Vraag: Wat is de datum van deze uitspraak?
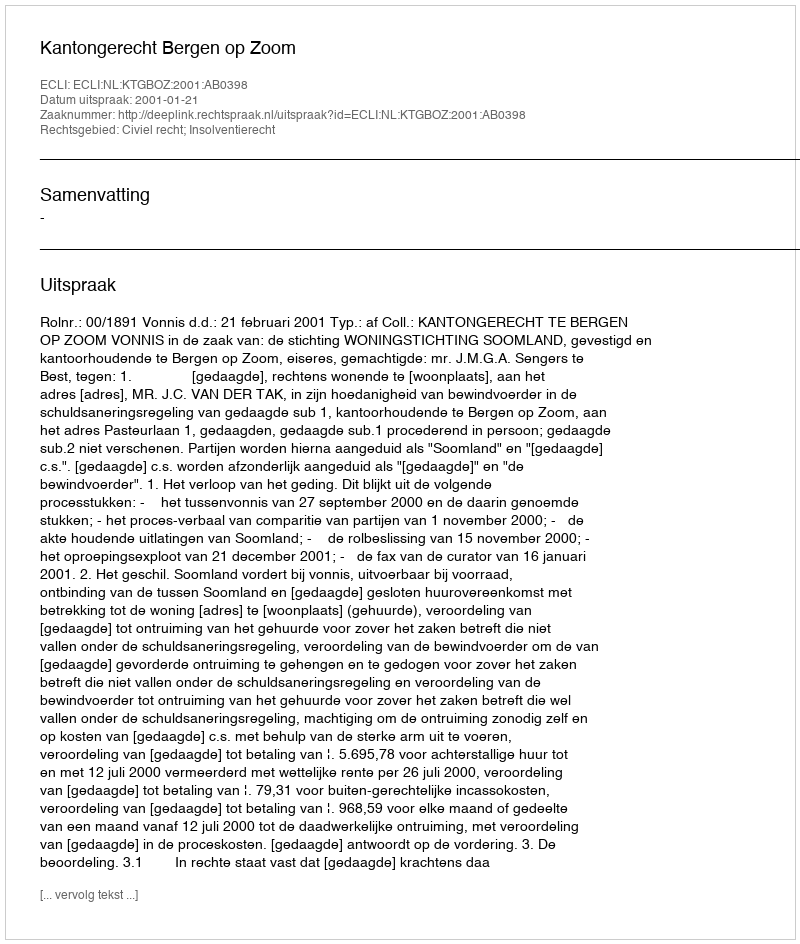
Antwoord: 2001-01-21